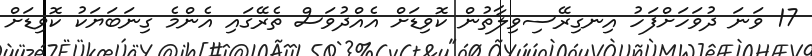
17 ވަނަ ދުވަހަށްފަހު އިނގިރޭސިވިލާތުން ކޮވިޑަށް އެއްދުވަސް ތެރޭގައި އެންމެ ގިނަބަޔަކު ކޮވިޑަށް